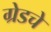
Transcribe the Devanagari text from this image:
ग्रेडचे